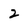
Character: 2